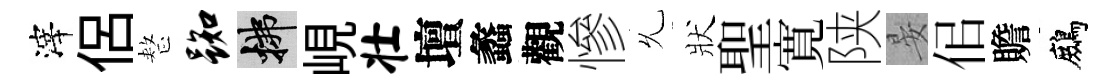
滓侶整踟拂峴壮壇蠡觀慘𠃔狀聖寛陕晏佀贍鷓